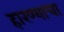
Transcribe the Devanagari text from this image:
हारण्याचा